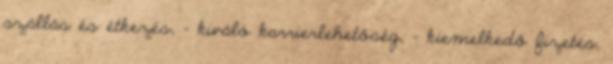
szállás és étkezés, – kiváló karrierlehetőség, – kiemelkedő fizetés,